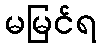
မမြင်ရ